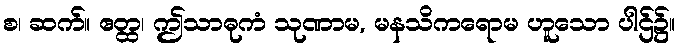
စ၊ ဆက်။ ဧတ္ထ၊ ဤသာဓုကံ သုဏာမ, မနသိကရောမ ဟူသော ပါဌ်၌။